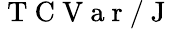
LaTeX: {\mathrm{~T~C~V~a~r~/~J~}}